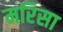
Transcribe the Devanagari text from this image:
मरिसा